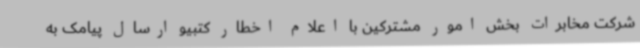
شرکت مخابرات بخش امور مشترکین با اعلام اخطار کتبیو ارسال پیامک به